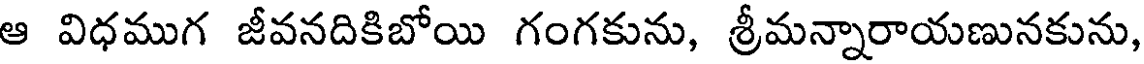
ఆ విధముగ జీవనదికిబోయి గంగకును, శ్రీమన్నారాయణునకును,